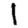
Digit: 1